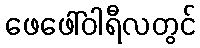
ဖေဖေါ်ဝါရီလတွင်